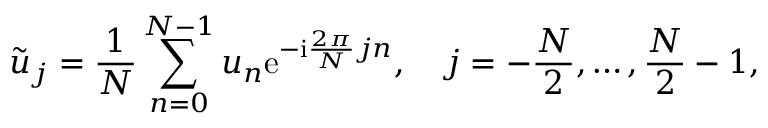
\tilde { u } _ { j } = \frac { 1 } { N } \sum _ { n = 0 } ^ { N - 1 } u _ { n } \mathrm { e } ^ { - \mathrm { i } \frac { 2 \pi } { N } j n } , \quad j = - \frac { N } { 2 } , \dots , \frac { N } { 2 } - 1 ,